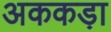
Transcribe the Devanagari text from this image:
अककड़ा